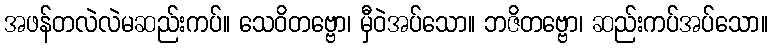
အဖန်တလဲလဲမဆည်းကပ်။ သေဝိတဗ္ဗော၊ မှီဝဲအပ်သော။ ဘဇိတဗ္ဗော၊ ဆည်းကပ်အပ်သော။